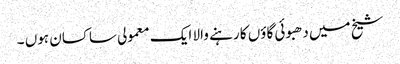
شیخ میں دھبوئی گاؤں کا رہنے والا ایک معمولی ساکسان ہوں ۔